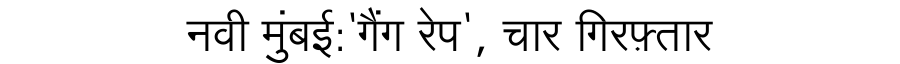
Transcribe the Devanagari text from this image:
नवी मुंबई:'गैंग रेप', चार गिरफ़्तार